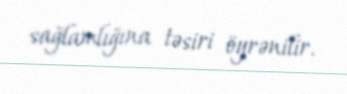
sağlamlığına təsiri öyrənilir.